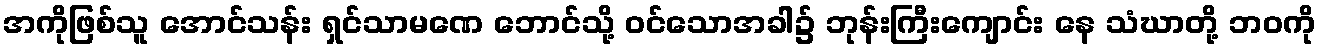
အကိုဖြစ်သူ အောင်သန်း ရှင်သာမဏေ ဘောင်သို့ ဝင်သောအခါ၌ ဘုန်းကြီးကျောင်း နေ သံဃာတို့ ဘဝကို